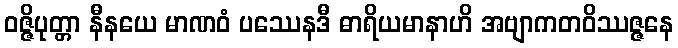
ဝဇ္ဇိပုတ္တာ နီနယေ မာဏဝံ ပဿေနဒီ ဓာရိယမာနာဟိ အဗျာကတဝိဿဇ္ဇနေ